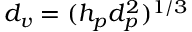
d _ { v } = ( h _ { p } d _ { p } ^ { 2 } ) ^ { 1 / 3 }